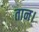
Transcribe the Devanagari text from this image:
तान।